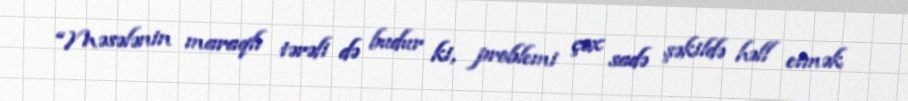
“Məsələnin maraqlı tərəfi də budur ki, problemi çox sadə şəkildə həll etmək